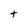
Character: t